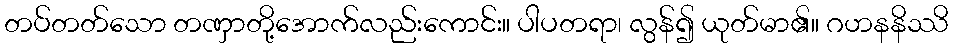
တပ်တတ်သော တဏှာတို့အောက်လည်းကောင်း။ ပါပတရာ၊ လွန်၍ ယုတ်မာ၏။ ဂဟနနိဿိ